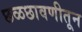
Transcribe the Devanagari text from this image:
छळछावणीतून